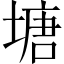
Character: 塘